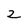
Character: 2